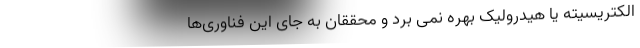
الکتریسیته یا هیدرولیک بهره نمی برد و محققان به جای این فناوری‌ها